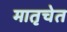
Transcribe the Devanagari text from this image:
मातृचेत